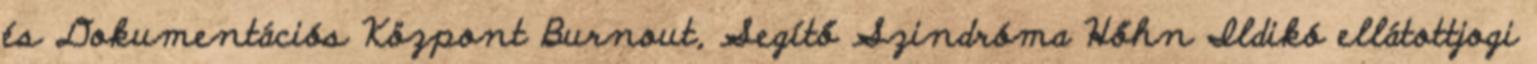
és Dokumentációs Központ Burnout, Segítő Szindróma Hőhn Ildikó ellátottjogi